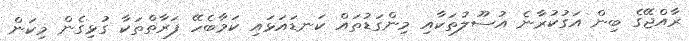
ރާއްޖޭގެ ބިން އަގުކުރާނެ އުސޫލުތަކާއި މިންގަޑުތައް ކަނޑައަޅައި ކަމާބެހޭ ފަރާތްތަކާ ގުޅިގެން މިކަން